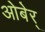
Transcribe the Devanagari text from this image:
ओबेर्